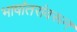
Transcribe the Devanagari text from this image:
भाषांतरांवरून